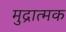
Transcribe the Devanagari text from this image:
मुद्रात्मक